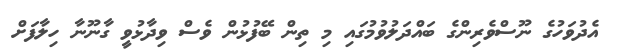
އެދުވަހުގެ ނޫސްވެރިންގެ ބައްދަލުވުމުގައި މި ތިން ބޭފުޅުން ވެސް ވިދާޅުވީ ގާނޫނާ ހިލާފަށް